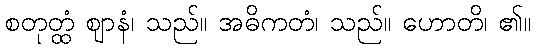
စတုတ္ထံ ဈာနံ၊ သည်။ အဓိကတံ၊ သည်။ ဟောတိ၊ ၏။